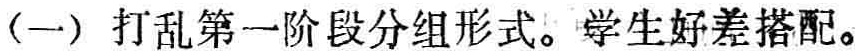
（一）打乱第一阶段分组形式。学生好坏搭配。